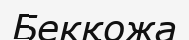
Бекқожа